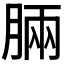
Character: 𣍷